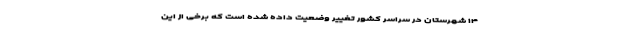
۱۴ شهرستان در سراسر کشور تغییر وضعیت داده‌ شده است که برخی از این